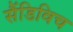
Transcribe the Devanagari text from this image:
सैंडिविच